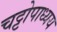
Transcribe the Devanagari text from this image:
चट्टोपाध्यय